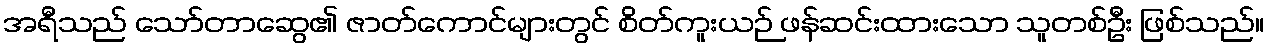
အရီသည် သော်တာဆွေ၏ ဇာတ်ကောင်များတွင် စိတ်ကူးယဉ် ဖန်ဆင်းထားသော သူတစ်ဦး ဖြစ်သည်။